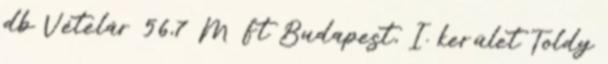
db Vételár 56,7 M Ft Budapest, I. kerület Toldy